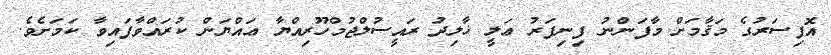
އޮފިސަރުގެ މަޤާމަށް މާފަންނު ފިނިފަރު ޢަލީ ޚާލިދު ރައީސުލްޖުމްހޫރިއްޔާ ޢައްޔަން ކުރައްވާފައިވާ ކަމަށެވެ.